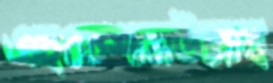
এহতেশামউল্লাহ